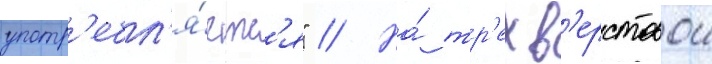
употр'ебл'я́етс'я" // На́ тр'ехв'ерстовои